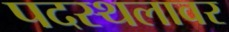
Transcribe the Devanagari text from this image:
पदस्थलावर